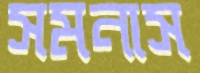
সমনাস